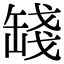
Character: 𦈻